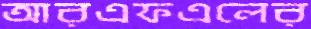
আরএফএলের